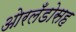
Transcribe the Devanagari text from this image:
ओरलँडोसह